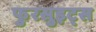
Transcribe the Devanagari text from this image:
फुरसुइट्स